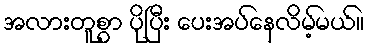
အလားတူစွာ ပိုပြီး ပေးအပ်နေလိမ့်မယ်။